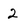
Character: 2